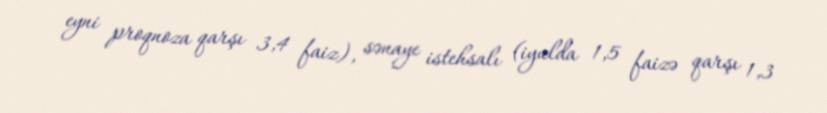
eyni proqnoza qarşı 3,4 faiz), sənaye istehsalı (iyulda 1,5 faizə qarşı 1,3